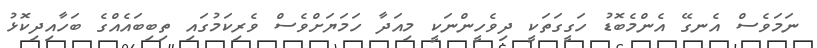
ނަމަވެސް އެނގޭ އެންމެބޮޑު ހަގީގަތަކީ ދިވެހީންނަކީ މިއަދާ ހަމަޔަށްވެސް ވެރިކަމުގައި ތިބިބައެއްގެ ބަހާއިދިކޮޅު